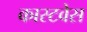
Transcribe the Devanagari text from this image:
कास्टवेस